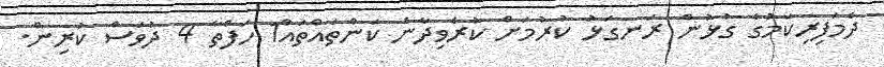
ދެމަފިރިކަމުގެ ގުޅުން ރަނގަޅު ކުރުމަށް ކުރެވިދާނެ ކަންތައްތައް1 ހަފްތާ 4 ދުވަސް ކުރިން.